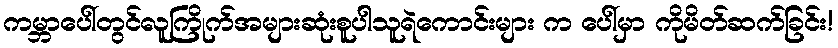
ကမ္ဘာပေါ်တွင်လူကြိုက်အများဆုံးစူပါသူရဲကောင်းများ က ပေါ်မှာ ကိုမိတ်ဆက်ခြင်း!